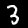
Label: 3